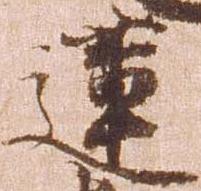
蓮